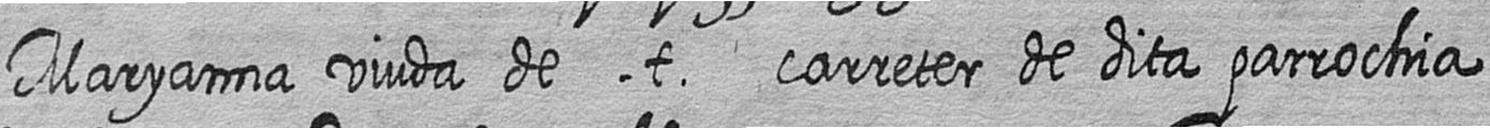
Maryanna viuda de t carreter de dita parrochia